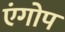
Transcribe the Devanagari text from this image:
एंगोप